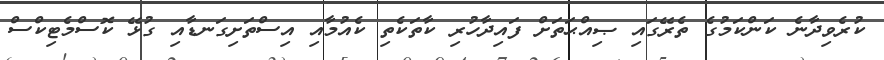
ކުރެވިދާނެ ކަންކަމުގެ ތެރޭގައި ޞިއްޙަތަށް ފައިދާހުރި ކާތަކެތި ކެއުމާއި އިސްތަށިގަނޑާއި ގުޅޭ ކޮސްމެޓިކްސް